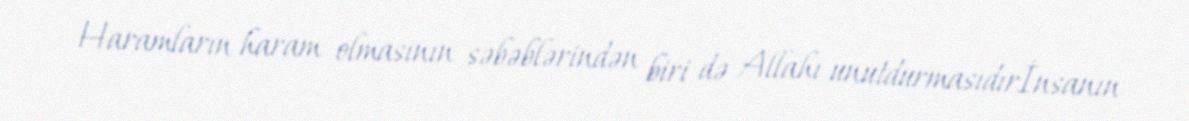
Haramların haram olmasının səbəblərindən biri də Allahı unutdurmasıdırİnsanın